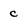
Character: c